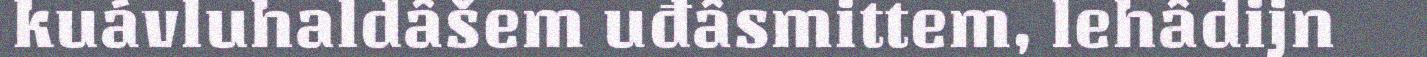
kuávluhaldâšem uđâsmittem, lehâdijn